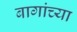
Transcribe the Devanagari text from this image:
बागांच्या